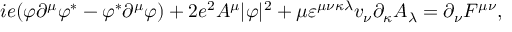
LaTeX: i e ( \varphi \partial ^ { \mu } \varphi ^ { \ast } - \varphi ^ { \ast } \partial ^ { \mu } \varphi ) + 2 e ^ { 2 } A ^ { \mu } | \varphi | ^ { 2 } + \mu \varepsilon ^ { \mu \nu \kappa \lambda } v _ { \nu } \partial _ { \kappa } A _ { \lambda } = \partial _ { \nu } F ^ { \mu \nu } ,